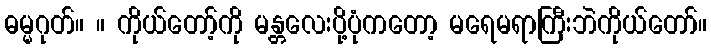
ဓမ္မဂုတ်။ ။ ကိုယ်တော့်ကို မန္တလေးပို့ပုံကတော့ မရေမရာကြီးဘဲကိုယ်တော်။